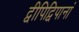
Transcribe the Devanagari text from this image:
द्वीपिद्विपानां